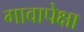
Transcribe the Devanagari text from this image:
गावापेक्षा